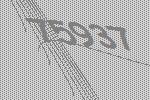
75937